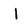
Character: I